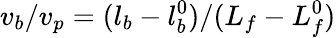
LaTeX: v_{b}/v_{p}=(l_{b}-l_{b}^{0})/(L_{f}-L_{f}^{0})